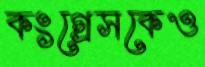
কংগ্রেসকেও